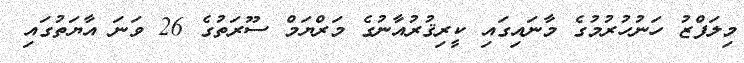
މިލަފްޒު ހަނުހުރުމުގެ މާނައިގައި ކީރިޤުރުއާނުގެ މަރްޔަމް ސޫރަތުގެ 26 ވަނަ އާޔަތުގައި